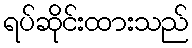
ရပ်ဆိုင်းထားသည်